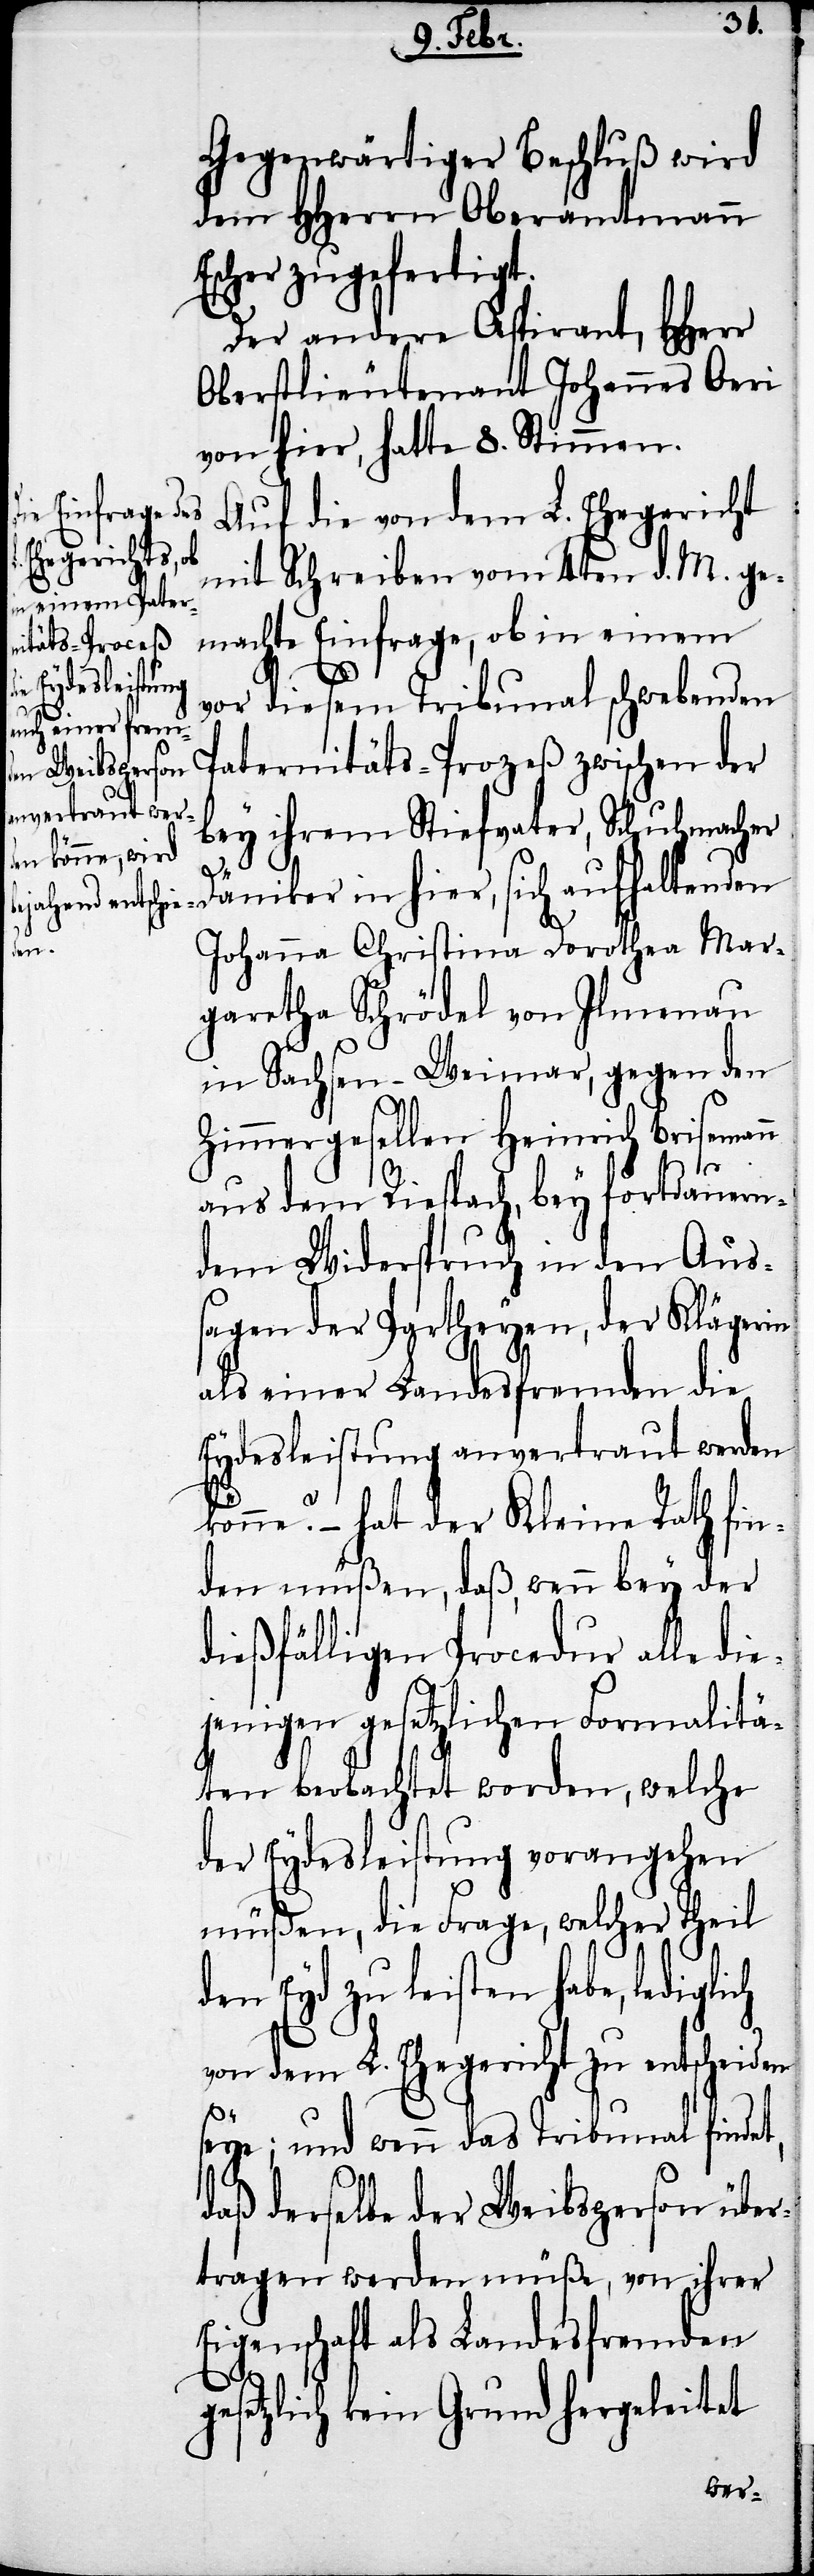
Gegenwärtiger Beschluß wird
dem HHerrn Oberamtmann
Escher zugefertigt.
Der andere Aspirant, HHerr
Oberstlieutenant Johannes Oeri
von hier, hatte 8. Stimmen.
Auf die von dem L. Ehegericht
mit Schreiben vom 4ten d. M. ge¬
machte Einfrage, ob in einem
vor diesem Tribunal schwebenden
Paternitäts-Prozeß zwischen der
bey ihrem Stiefvater, Schuhmac¬
her Däniker in hier, sich aufhaltenden
ich
Johanna Christina Dorothea Mar¬
garetha Schrödel von Ilmenau
in Sachsen-Weimar, gegen den
Zimmergesellen Heinrich Brisemann
aus dem Riespach, bey fortdauern¬
dem Widerspruch in den Aus¬
sagen der Partheyen, der Kläge¬
als einer Landesfremden die
Eydesleistung anvertraut werden
könne? – hat der Kleine Rath fin¬
den müßen, daß, wenn bey der
dießfälligen Procedur alle die¬
jenigen gesetzlichen Formalitä¬
ten beobachtet worden, welche
der Eydesleistung vorangehen
müßen, die Frage, welcher Theil
den Eyd zu leisten habe, ledigl¬
von dem L. Ehegericht zu entscheiden
seye; und wenn das Tribunal finde¬
t,
daß derselbe der Weibsperson über¬
tragen werden müße, von ihrer
Eigenschaft als Landesfremden
gesetzlich kein Grund hergeleitet